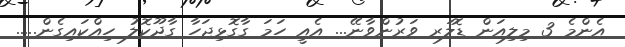
އެންމެ 3 މިލިއަން ޑޮލަރ ވަރުންވާނޭ... އެއީ ހަމަ ގާގޮޅިޖަހާ ގާދޫކޮލު ހިއްކައިގެން.....